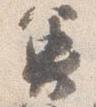
魚